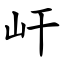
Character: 屽